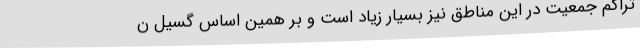
تراکم جمعیت در این مناطق نیز بسیار زیاد است و بر همین اساس گسیل ن